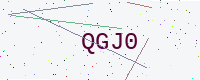
Text: QGJ0